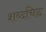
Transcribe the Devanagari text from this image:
शब्दचिह्न